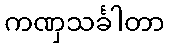
ကဏှသင်္ခါတာ